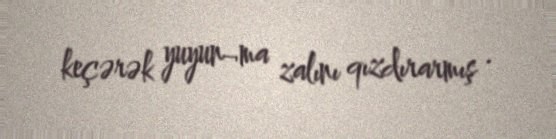
keçərək yuyun¬ma zalını qızdırarmış .